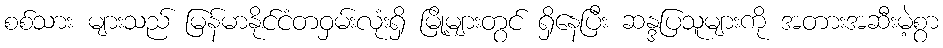
စစ်သား များသည် မြန်မာနိုင်ငံတဝှမ်းလုံးရှိ မြို့များတွင် ရှိနေပြီး ဆန္ဒပြသူများကို အတားအဆီးမဲ့စွာ